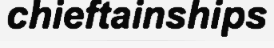
chieftainships